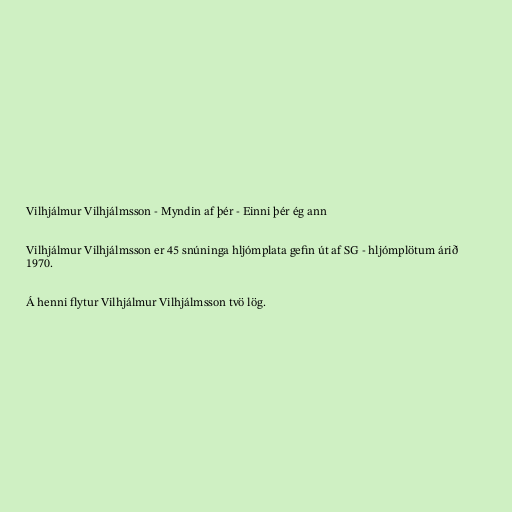
Vilhjálmur Vilhjálmsson - Myndin af þér - Einni þér ég ann

Vilhjálmur Vilhjálmsson er 45 snúninga hljómplata gefin út af SG - hljómplötum árið
1970.

Á henni flytur Vilhjálmur Vilhjálmsson tvö lög.